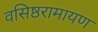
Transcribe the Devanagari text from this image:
वसिष्ठरामायण